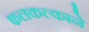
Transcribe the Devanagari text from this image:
फलकल्काने